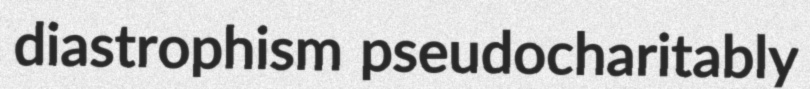
diastrophism pseudocharitably